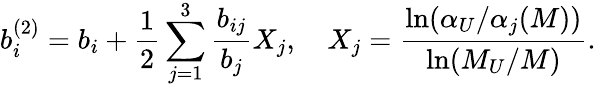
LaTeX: b_{i}^{(2)}=b_{i}+\frac 12\sum_{j=1}^{3}\frac{b_{ij}}{b_{j}}X_{j},~~~~X_{j}=\frac{\ln(\alpha_{U}/\alpha_{j}(M))}{\ln(M_{U}/M)}.